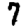
Digit: 7